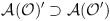
\begin{align*}\mathcal{A}(\mathcal{O})^{\prime }\supset \mathcal{A}(\mathcal{O}^{\prime })\end{align*}